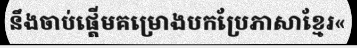
នឹងចាប់ផ្តើមគម្រោងបកប្រែភាសាខ្មែរ«